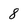
Character: 8